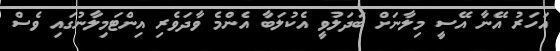
އަހަރު އޭނާ އޭސީ މިލާނަށް ބަދަލުވީ އެކުލަބާ އެންމެ ވާދަވެރި އިންޓަމިލާނުގައި ވެސް